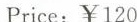
Price: ￥120